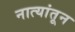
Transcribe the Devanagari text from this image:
नात्यांतून